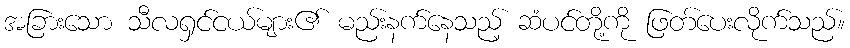
အခြားသော သီလရှင်ငယ်များ၏ မည်းနက်နေသည့် ဆံပင်တို့ကို ဖြတ်ပေးလိုက်သည်။